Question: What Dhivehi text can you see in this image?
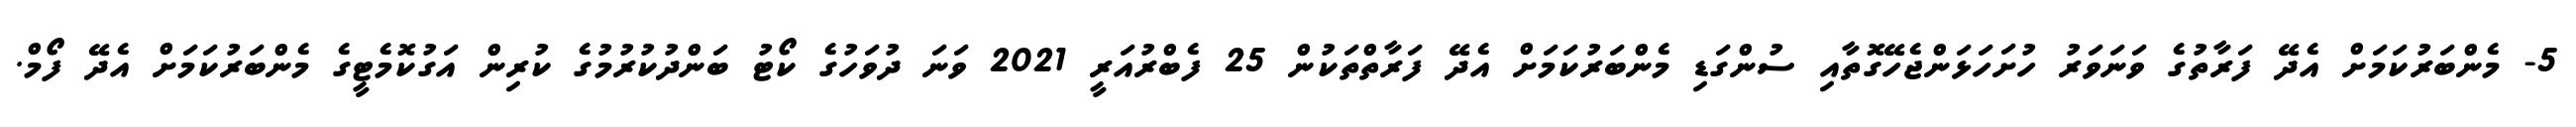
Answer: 5- މެންބަރުކަމަށް އެދޭ ފަރާތުގެ ވަނަވަރު ހުށަހަޅަންޖެހޭގޮތާއި ސުންގަޑި މެންބަރުކަމަށް އެދޭ ފަރާތްތަކުން 25 ފެބްރުއަރީ 2021 ވަނަ ދުވަހުގެ ކޯޓު ބަންދުކުރުމުގެ ކުރިން އަގުކޮމެޓީގެ މެންބަރުކަމަށް އެދޭ ފޯމް.